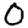
Digit: 0